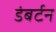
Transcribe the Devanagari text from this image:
डंबर्टन